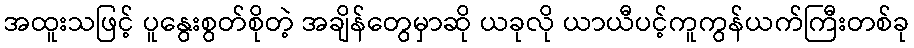
အထူးသဖြင့် ပူနွေးစွတ်စိုတဲ့ အချိန်တွေမှာဆို ယခုလို ယာယီပင့်ကူကွန်ယက်ကြီးတစ်ခု